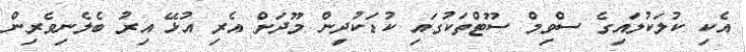
އެކި ކުލަކުލައިގެ ސްވިމް ސޫޓްތަކުގައި ކުޑަކުދިން މޫދަށް އެރި އުޅޭ އިރު ބެލެނިވެރިން